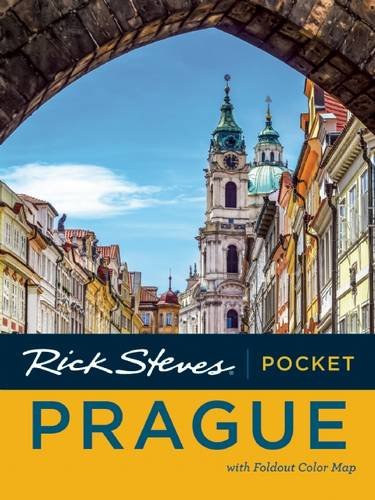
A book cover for Rick Steves Pocket Prague; Rick Steves; Travel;